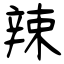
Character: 辣